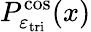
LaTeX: P_{\varepsilon_{\mathrm{tri}}}^{\cos}(x)